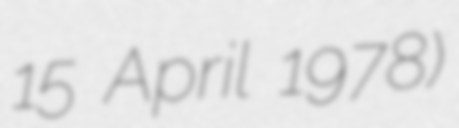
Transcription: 15 April 1978)